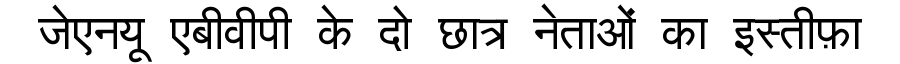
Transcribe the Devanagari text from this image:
जेएनयू एबीवीपी के दो छात्र नेताओं का इस्तीफ़ा